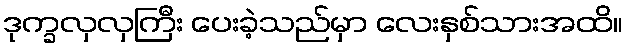
ဒုက္ခလှလှကြီး ပေးခဲ့သည်မှာ လေးနှစ်သားအထိ။